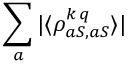
\sum _ { a } | \langle \rho _ { a S , a S } ^ { k \, q } \rangle |